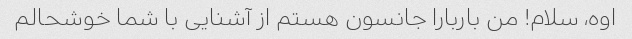
اوه، سلام! من باربارا جانسون هستم از آشنایی با شما خوشحالم